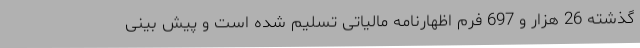
گذشته 26 هزار و 697 فرم اظهارنامه مالیاتی تسلیم شده است و پیش بینی